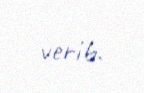
verib.